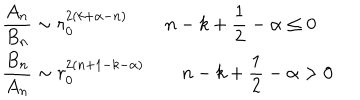
\begin{array} { l } { { \displaystyle { \frac { A _ { n } } { B _ { n } } } \sim r _ { 0 } ^ { 2 \left( k + \alpha - n \right) } \qquad n - k + \frac { 1 } { 2 } - \alpha \leq 0 } } \\ { { \displaystyle { \frac { B _ { n } } { A _ { n } } } \sim r _ { 0 } ^ { 2 \left( n + 1 - k - \alpha \right) } \qquad n - k + \frac { 1 } { 2 } - \alpha > 0 } } \\ \end{array}